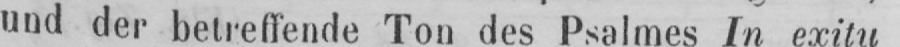
und der betreffende Ton des Psalmes In exitu